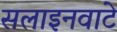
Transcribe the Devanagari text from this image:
सलाइनवाटे